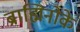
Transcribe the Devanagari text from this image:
ब्राह्मिनोके